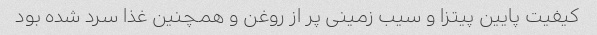
کیفیت پایین پیتزا و سیب زمینی پر از روغن و همچنین غذا سرد شده بود